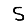
Digit: 5